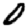
Digit: 0